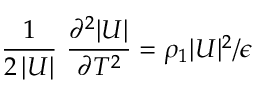
\frac { 1 } { 2 \, | U | } \, \, \frac { \partial ^ { 2 } | U | } { \partial T ^ { 2 } } = \rho _ { 1 } | U | ^ { 2 } / \epsilon